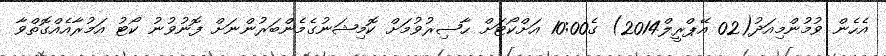
އެހެން ވުމުންމިއަދު(02 އޭޕްރީލް2014) ގެ10:00 އަށްކޯޓަށް ޙާޟިރުވުމަށް ކޮމިޝަނުގެމެންބަރުންނަށް ފޮނުވުނު ކޯޓު އަމުރާއެއްގޮތްވާ